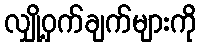
လျှို့ဝှက်ချက်များကို